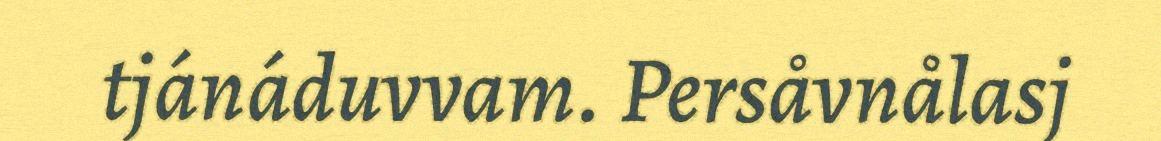
tjánáduvvam. Persåvnålasj